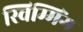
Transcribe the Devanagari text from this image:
स्विम्मिंग